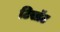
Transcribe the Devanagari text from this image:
टिसॉट